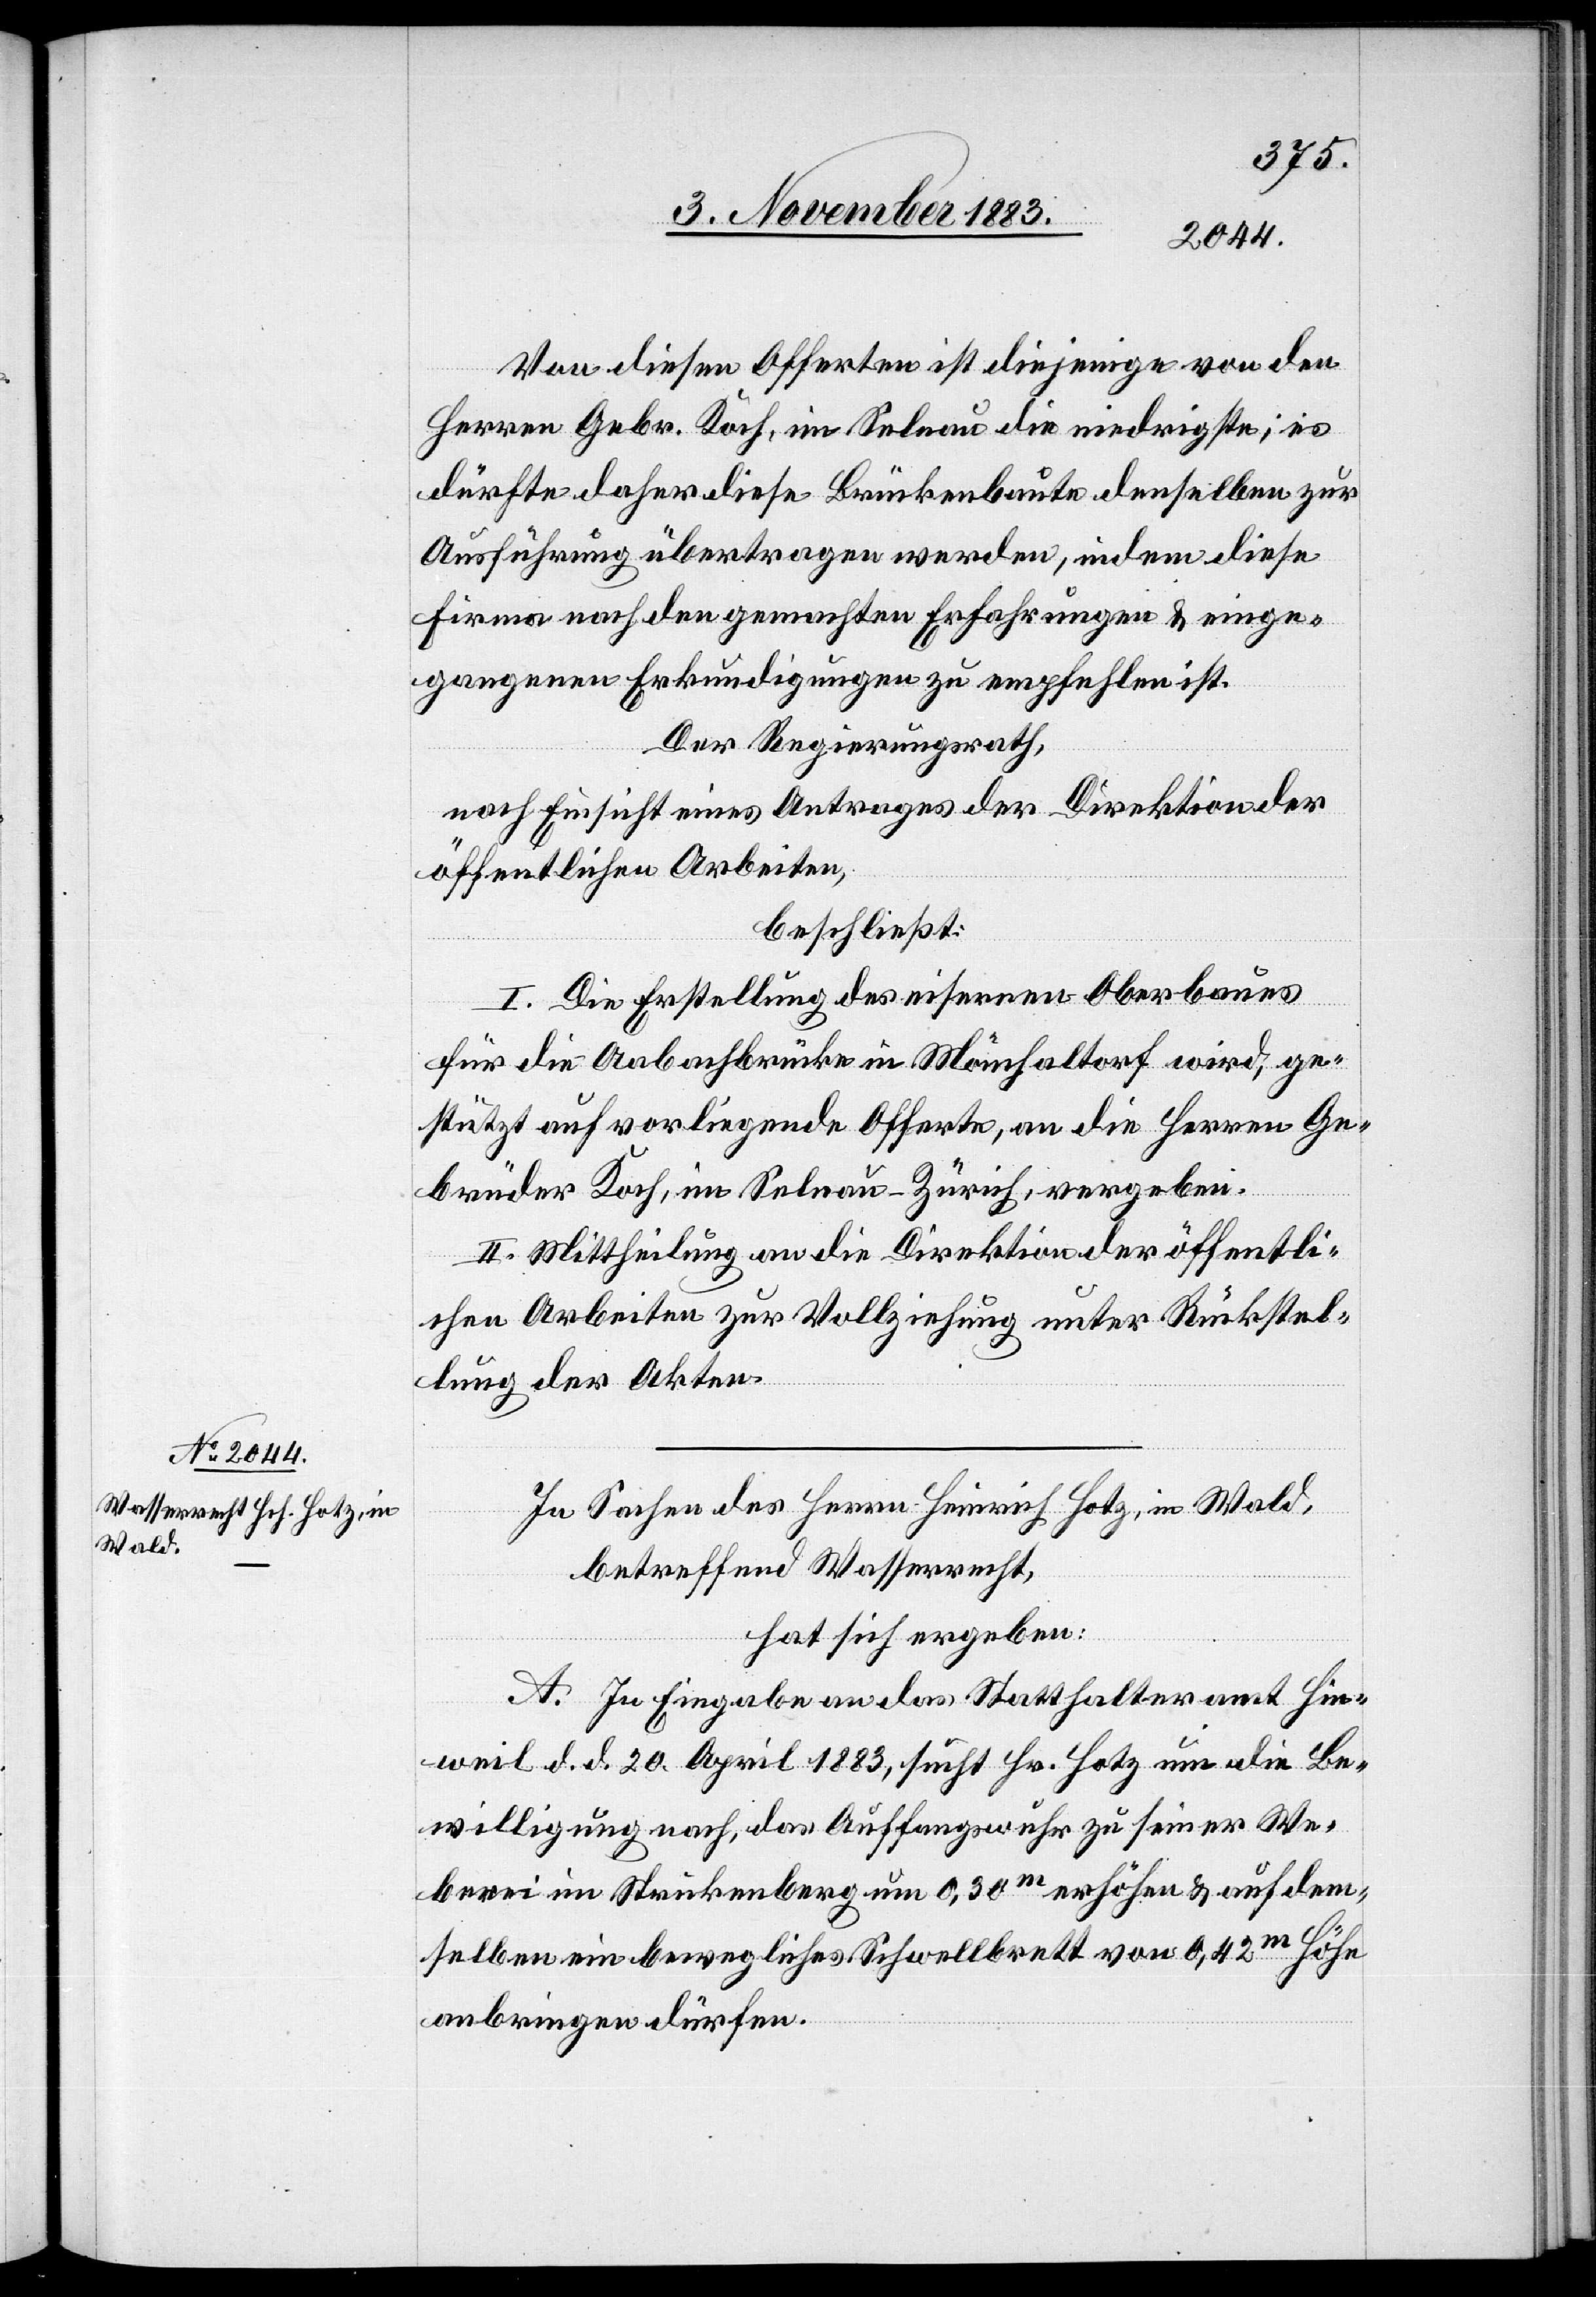
Von diesen Offerten ist diejenige von den
Herren Gebr. Koch, im Selnau die niedrigste; es
dürfe daher diese Brückenbaute denselben zur
Ausführung übertragen werden, indem diese
Firma nach den gemachten Erfahrungen & einge¬
gangenen Erkundigungen zu empfehlen ist.
Der Regierungsrath,
nach Einsicht eines Antrages der Direktion der
öffentlichen Arbeiten,
beschließt:
I. Die Erstellung des eisernen Oberbaues
für die Aabachbrücke in Mönchaltorf wird, ge¬
stützt auf vorliegende Offerte, an die Herren Ge¬
brüder Koch, im Selnau - Zürich, vergeben.
II. Mittheilung an die Direktion der öffentli¬
chen Arbeiten zur Vollziehung unter Rückstel¬
lung der Akten.
In Sachen des Herrn Heinrich Hotz, in Wald,
betreffend Wasserrecht,
hat sich ergeben:
A. In Eingabe an das Statthalteramt Hin¬
weil d. d. 20. April 1883, sucht Hr. Hotz um die Be¬
willigung nach, das Auffangswuhr zu seiner We¬
berei im Strickenberg um 0,30 m erhöhen & auf dem¬
selben ein bewegliches Schwellbrett von 0,42 m Höhe
anbringen dürfen.